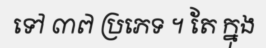
ទៅ ៣៧ ប្រភេទ ។ តែ ក្នុង